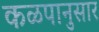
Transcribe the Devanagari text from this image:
कळपानुसार